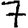
Digit: 7